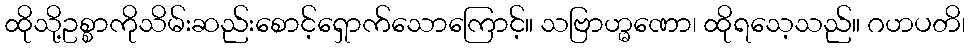
ထိုသို့ဥစ္စာကိုသိမ်းဆည်းစောင့်ရှောက်သောကြောင့်။ သဗြာဟ္မဏော၊ ထိုရသေ့သည်။ ဂဟပတိ၊